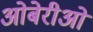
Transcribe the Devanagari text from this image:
ओबेरीओ